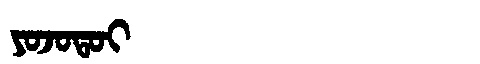
Manchu: ᠶᠣᠵᠣᡨᠣᡳ
Romanization: YOJOTOI